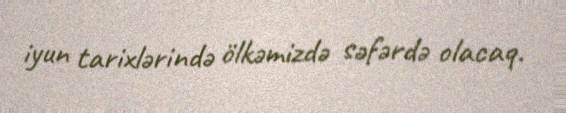
iyun tarixlərində ölkəmizdə səfərdə olacaq.